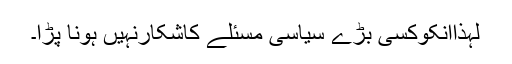
لہذاانکوکسی بڑے سیاسی مسئلے کاشکارنہیں ہونا پڑا۔